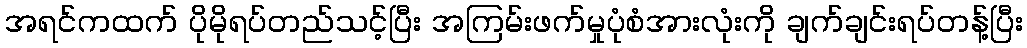
အရင်ကထက် ပိုမိုရပ်တည်သင့်ပြီး အကြမ်းဖက်မှုပုံစံအားလုံးကို ချက်ချင်းရပ်တန့်ပြီး